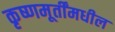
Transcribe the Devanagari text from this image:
कृष्णमूर्तींमधील